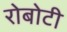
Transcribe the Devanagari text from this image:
रोबोटी